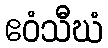
ဧဝံသီဃံ